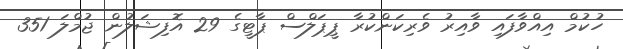
ހުކުމް އިއްވާފައި ވާއިރު ވެރިކަންކުރާ ޕީޕަލްސް ޕާޓީގެ 29 އޮފިޝަލުން ޖުމްލަ 351